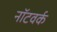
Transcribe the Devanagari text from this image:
नॉटवर्क